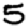
Digit: 5